Scottish Certificate of Education, 1962
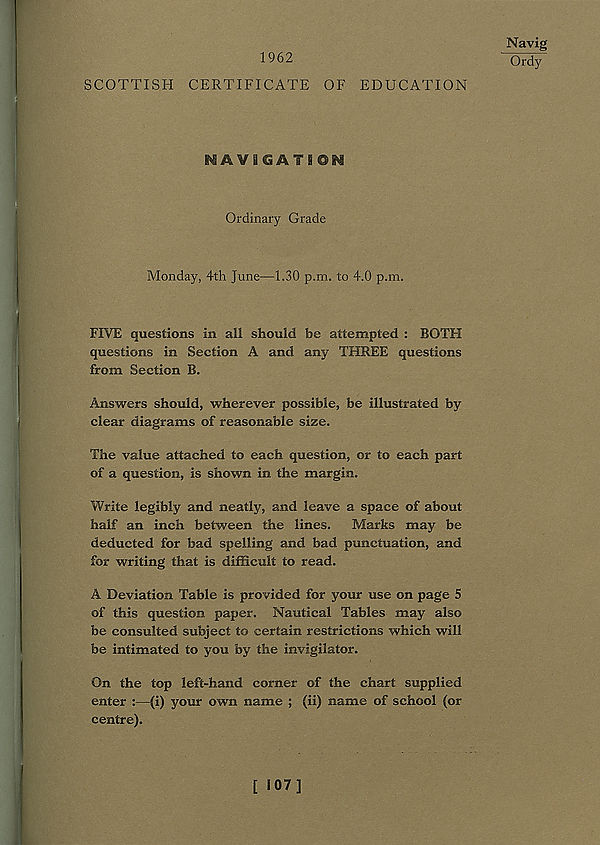
1962
Navig
Ordy
SCOTTISH CERTIFICATE OF EDUCATION
NAVIGATION
Ordinary Grade
Monday, 4th June—1.30 p.m. to 4.0 p.m.
FIVE questions in all should be attempted : BOTH
questions in Section A and any THREE questions
from Section B.
Answers should, wherever possible, be illustrated by
clear diagrams of reasonable size.
The value attached to each question, or to each part
of a question, is shown in the margin.
Write legibly and neatly, and leave a space of about
half an inch between the lines. Marks may be
deducted for bad spelling and bad punctuation, and
for writing that is difficult to read.
A Deviation Table is provided for your use on page 5
of this question paper. Nautical Tables may also
be consulted subject to certain restrictions which will
be intimated to you by the invigilator.
On the top left-hand corner of the chart supplied
enter :—(i) your own name ; (ii) name of school (or
centre).
[ i07J